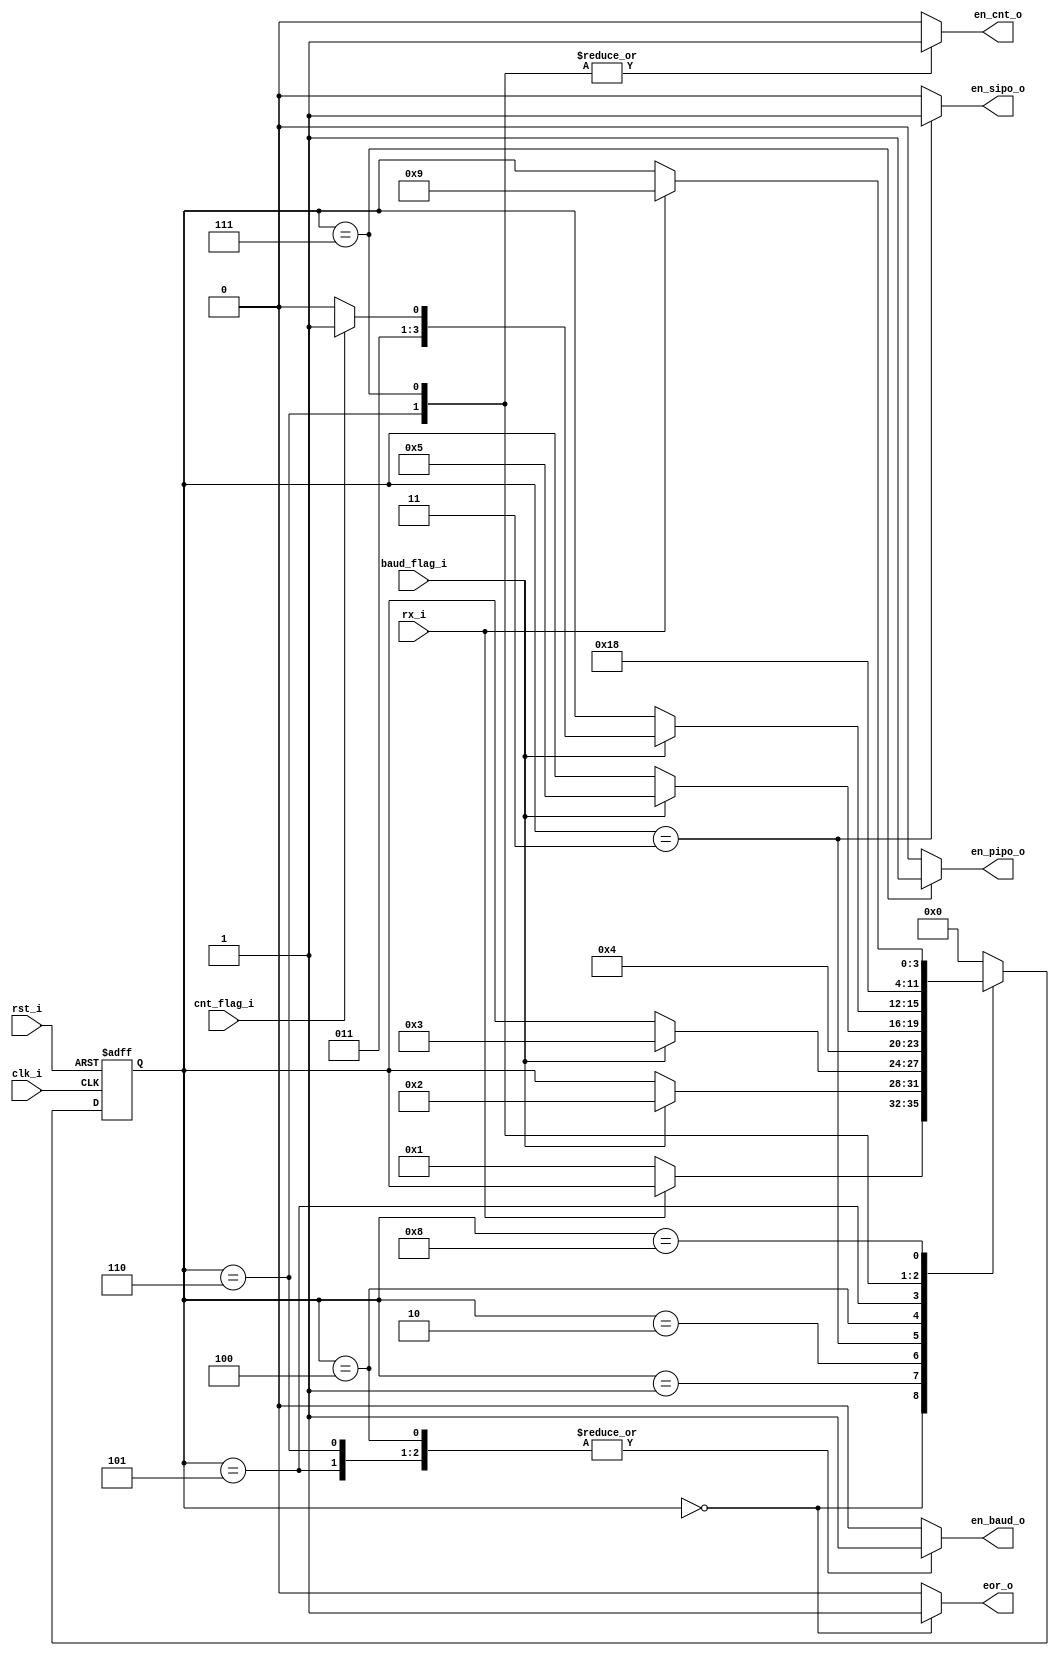
// Name: fsm_rx.v
//
// Description:

module fsm_rx (
  input      rst_i,
  input      clk_i,
  input      rx_i,
  input      baud_flag_i,
  input      cnt_flag_i,
  output reg en_baud_o,
  output reg en_sipo_o,
  output reg en_cnt_o,
  output reg en_pipo_o,  
  output reg eor_o
  //output [3:0] estado_o
);

  localparam [3:0] s0  = 4'b0000,
                   s1  = 4'b0001,
                   s2  = 4'b0010,
                   s3  = 4'b0011,
                   s4  = 4'b0100,
                   s5  = 4'b0101,
                   s6  = 4'b0110,
                   s7  = 4'b0111,
                   s8  = 4'b1000;
                   //s9  = 4'b1001;

  reg [3:0] present_state, next_state;
  //assign estado_o = present_state;
  // Logica de proximo estado y decodificacion de salida
  always @(rx_i, baud_flag_i, cnt_flag_i, present_state) begin
    {en_baud_o, en_sipo_o, en_cnt_o, en_pipo_o, eor_o} = 5'b10000;
    next_state = present_state;
    case (present_state)
      s0 : begin
             {en_baud_o, en_sipo_o, en_cnt_o, en_pipo_o, eor_o} = 5'b00001;
             if (~rx_i)
               next_state = s1;
           end
      s1 : begin 
             if (baud_flag_i)
               next_state = s2;
           end
      s2 : begin 
             if (baud_flag_i)
               next_state = s3;
           end
      s3 : begin 
             {en_baud_o, en_sipo_o, en_cnt_o, en_pipo_o, eor_o} = 5'b11000;
             next_state = s4;
           end
      s4 : begin 
             if (baud_flag_i)
               next_state = s5;
           end
      s5 : begin
             if (baud_flag_i) begin
               if (cnt_flag_i) begin
                 next_state = s7;
               end else begin
                 next_state = s6;
               end
             end
           end
      s6 : begin
             {en_baud_o, en_sipo_o, en_cnt_o, en_pipo_o, eor_o} = 5'b10100;
             next_state = s1;
           end
      s7 : begin
             {en_baud_o, en_sipo_o, en_cnt_o, en_pipo_o, eor_o} = 5'b00110;
             next_state = s8;
           end
      s8 : begin
             {en_baud_o, en_sipo_o, en_cnt_o, en_pipo_o, eor_o} = 5'b00000;
             if (rx_i)
               next_state = 4'b1001;
           end
     default : begin
                 {en_baud_o, en_sipo_o, en_cnt_o, en_pipo_o, eor_o} = 5'b00000;
                 next_state = s0;
               end
    endcase 
  end

  // Registro de estado
  always @(posedge clk_i, posedge rst_i) begin
    if (rst_i)
      present_state <= s0;
    else
      present_state <= next_state;
  end

endmodule